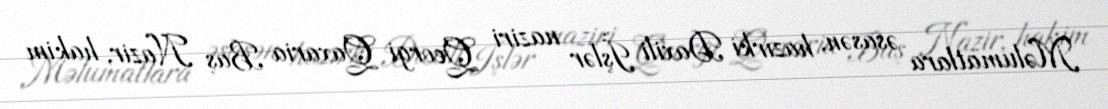
Məlumatlara əsasən, hazırki Daxili İşlər naziri Qeorgi Qaxaria Baş Nazir, hakim